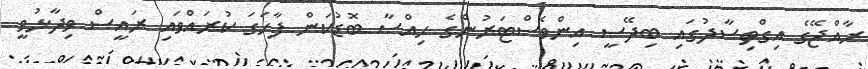
ރާއްޖޭގެ އިގްތިސާދުގައި ބިދޭސީ އިންވެސްޓަރުންގެ ހިއްސާ ބޮޑުކަން ފާހަގަ ކުރައްވައި ރައީސް ވިދާޅުވީ